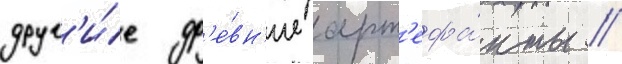
друг'и́е др'е́вн'ие арт'ефа́кты //